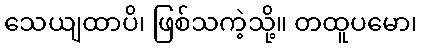
သေယျထာပိ၊ ဖြစ်သကဲ့သို့။ တထူပမော၊